Vaccination in the Punjab 1883-1896 - 1883-1896
Year: 1883
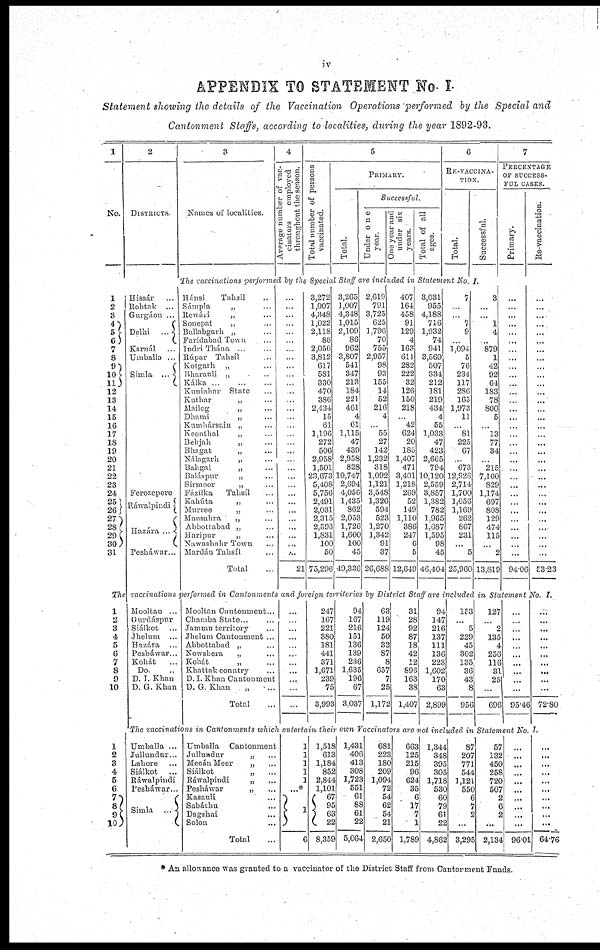
iv
APPENDIX TO STATEMENT No. I.
Statement showing the details of the Vaccination Operations performed by the Special and
Cantonment Staffs, according to localities, during the year 1892-93.
1
No.
1
2
3
4
5
6 7
8
9
10
11
12
13
14
15
16
17
18
19
20
21
22
23
24
25
26
27
28
29
30
31
2
DISTRICTS
Hissár ...
Rohtak ...
Gnrgáon ...
Delhi
...
Karnál ...
Umballa ...
Simla ...
Ferozepore
Ráwalpindi
Hazára ...
Pesháwar ...
3
Names of localities.
4
Average number of vac-
cinators
employed
throughout the season.
5
Total number of persons
vaccinated.
PRIMARY.
Total.
Successful.
Under one
year.
One year and
under six
years.
Total of all
ages
6
RE-VACCINA-
TION.
Total.
Successful.
The vaccinations performed by the Special Staff are included in Statement No. I.
Hánsi
Tahsíl ...
Sámpla
„ ...
Rewári
„ ...
Sonepat
„ ...
Ballabgarh „ ...
Farídabad Town ...
Indri Thána ... ...
Rúpar Tahsíl ...
Kotgarh
„ ...
Bharanli „ ...
Kálka
...
...
...
Kuniahar State ...
Kuthar
„ ...
Mailog
„ ...
Dhami
„
...
Kumhársain „ ...
Keonthal „ ...
Behjah
„ ...
Bhagat
„ ...
Nálagarh
„ ...
Bahgal
„ ...
Baláspur „ ...
Sumoor „ ...
Fázilka
Tahsíl ...
Kahúta „ ...
Murree
„ ...
Mansahra „ ...
Abbottabad „ ...
Haripur
„ ...
Nawashahr Town ...
Mardám Tahsíl ...
Total ...
...
...
...
...
...
...
...
...
...
...
...
...
...
...
...
...
...
...
...
...
...
...
...
...
...
...
...
...
...
...
...
21
3,272
1,007
4,348
1,022
2,118
86
2,056
3,812
617
581
330
470
386
2,134
15
61
1,196
272
506
2,958
1,501
23,673
5,408
5,756
2,491
2,031
2,315
2,593
1,831
100
50
73,296
3,265
1,007
4,348
1,015
2,109
86
962
3,807
541
347
213
184
221
461
4
61
1,115
47
439
2,958
828
10,747
2,694
4,056
1,435
862
2,053
1,726
1,600
100
45
49,336
2,619
791
3,725
625
1,796
70
755
2,957
98
93
155
14
52
216
4
...
55
27
142
1,232
318
1,092
1,121
3,548
1,326
594
523
1,270
1,342
91
37
26,688
407
164
458
91
129
4
163
611
282
222
32
126
150
218
...
42
624
20
185
1,407
471
3,401
1,218
269
52
149
1,110
386
247
6
5
12,649
3,031
955
4,188
716
1,932
74
941
3,569
507
334
212
181
219
434
4
55
1,033
47
423
2,665
794
10,120
2,559
3,857
1,382
782
1,965
1,687
1,595
98
45
46,404
7
...
...
7
9
...
1,094
5
76
234
117
286
165
1,973
11
...
81
225
67
...
673
12,926
2,714
1,700
1,056
1,169
262
867
231
...
5
23,960
3
...
...
1
4
...
879
1
42
92
64
183
78
800
5
...
13
77
34
...
215
7,100
829
1,174
697
808
129
474
115
...
2
13,819
7
PERCENTAGE
OF SUCCESS-
FUL CASES.
Primary.
...
...
...
...
...
...
...
...
...
...
...
...
...
...
...
...
...
...
...
...
...
...
...
...
...
...
...
...
...
...
...
94.06
Re-vaccination.
...
...
...
...
...
...
...
...
...
...
...
...
...
...
...
...
...
...
...
...
...
...
...
...
...
...
...
...
...
...
...
53.23
The vaccinations performed in Cantonments
and foreign territories by District Staff are included in Statement No. I.
1
2
3
4
5
6
7
8
9
10
1
2
3
4
5
6
7
8
9
10
Mooltan ...
Gurdáspur
Siálkot
...
Jhelum ...
Hazára ...
Pesháwar ...
Kohát ...
Do. ...
D. I. Khan
D. G. Khan
Mooltan Cantonment ...
Chamba State .. ...
Jammu territory ...
Jhelum Cantonment ...
Abbottabad „ ...
Nowshera „ ...
Kohát
„
...
Khattak country ...
D I. Khan Cantonment
D. G Khan
„ ...
Total ...
...
...
...
...
...
...
...
...
...
...
...
247
167
221
380
181
441
371
1,671
239
75
3,993
94
167
216
151
136
139
236
1,635
196
67
3,037
63
119
124
50
32
87
8
657
7
25
1,172
31
28
92
87
18
42
12
896
163
38
1,407
94
147
216
137
111
136
223
1,602
170
63
2,899
153
...
5
229
45
302
135
36
43
8
956
127
...
2
135
4
256
116
31
25
...
696
...
...
...
...
...
...
...
...
...
...
95.46
...
...
...
...
...
...
...
...
...
...
72.80
The vaccinations
in Cantonments
which entertain their own Vaccinators are not included in Statement No. I.
Umballa ...
Jullundur...
Lahore ...
Siálkot
...
Ráwalpindi
Pesháwar...
Simla ...
Umballa
Cantonment
Jullundur
„ ...
Meeán Meer „ ...
Siálkot
„ ...
Ráwalpindi
„ ...
Pesháwar
„ ...
Kasauli ...
Sabáthu ...
Dagshai ...
Solon ...
Total ...
1
1
1
1
1
...*
1
6
1,518
613
1,184
852
2,844
1,101
67
95
63
22
8,359
1,431
406
413
308
1,723
551
61
88
61
22
5,064
681
223
180
209
1,094
72
54
62
54
21
2,650
663
125
215
96
624
35
6
17
7
1
1,789
1,344
348
395
305
1,718
530
60
79
61
22
4,862
87
207
771
544
1,121
550
6
7
2
...
3,295
57
132
450
258
720
507
2
6
2
...
2,134
...
...
...
...
...
...
...
...
...
...
96.01
...
...
...
...
...
...
...
...
...
...
64.76
* An allowance was granted to a vaccinator of the District Staff from Cantonment Funds.